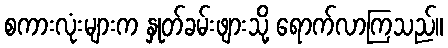
စကားလုံးများက နှုတ်ခမ်းဖျားသို့ ရောက်လာကြသည်။